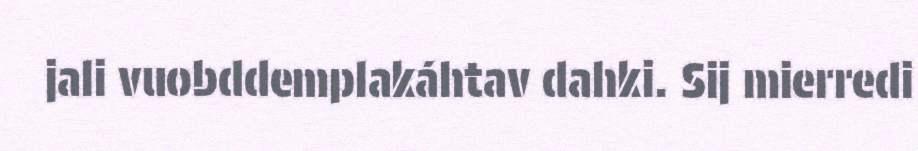
jali vuobddemplakáhtav dahki. Sij mierredi